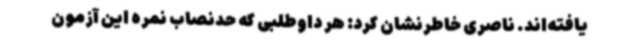
یافته‌اند. ناصری خاطرنشان کرد: هر داوطلبی که حدنصاب نمره این آزمون